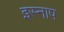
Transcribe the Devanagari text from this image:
इस्नाप